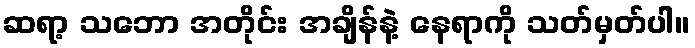
ဆရာ့ သဘော အတိုင်း အချိန်နဲ့ နေရာကို သတ်မှတ်ပါ။